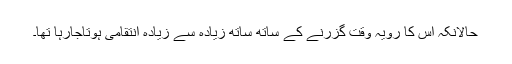
حالانکہ اس کا رویہ وقت گزرنے کے ساتھ ساتھ زیادہ سے زیادہ انتقامی ہوتاجارہا تھا۔